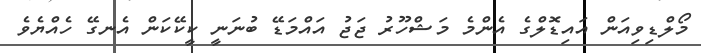
މޯލްޑިވިއަން އައިޑޮލްގެ އެންމެ މަޝްހޫރު ޖަޖު އައްމަޑޭ ބުނަނީ ކީކޭކަން އެނގޭ ހެއްޔެވެ